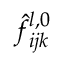
\hat { f } _ { i j k } ^ { l , 0 }